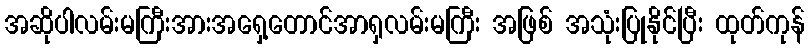
အဆိုပါလမ်းမကြီးအားအရှေ့တောင်အာရှလမ်းမကြီး အဖြစ် အသုံးပြုနိုင်ပြီး ထုတ်ကုန်